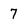
Character: 7